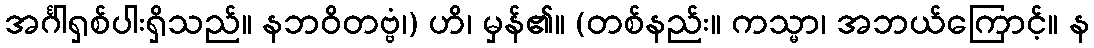
အင်္ဂါရှစ်ပါးရှိသည်။ နဘဝိတဗ္ဗံ၊) ဟိ၊ မှန်၏။ (တစ်နည်း။ ကသ္မာ၊ အဘယ်ကြောင့်။ န